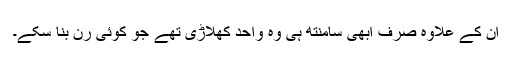
ان کے علاوہ صرف ابھی سامنتھ ہی وہ واحد کھلاڑی تھے جو کوئی رن بنا سکے۔